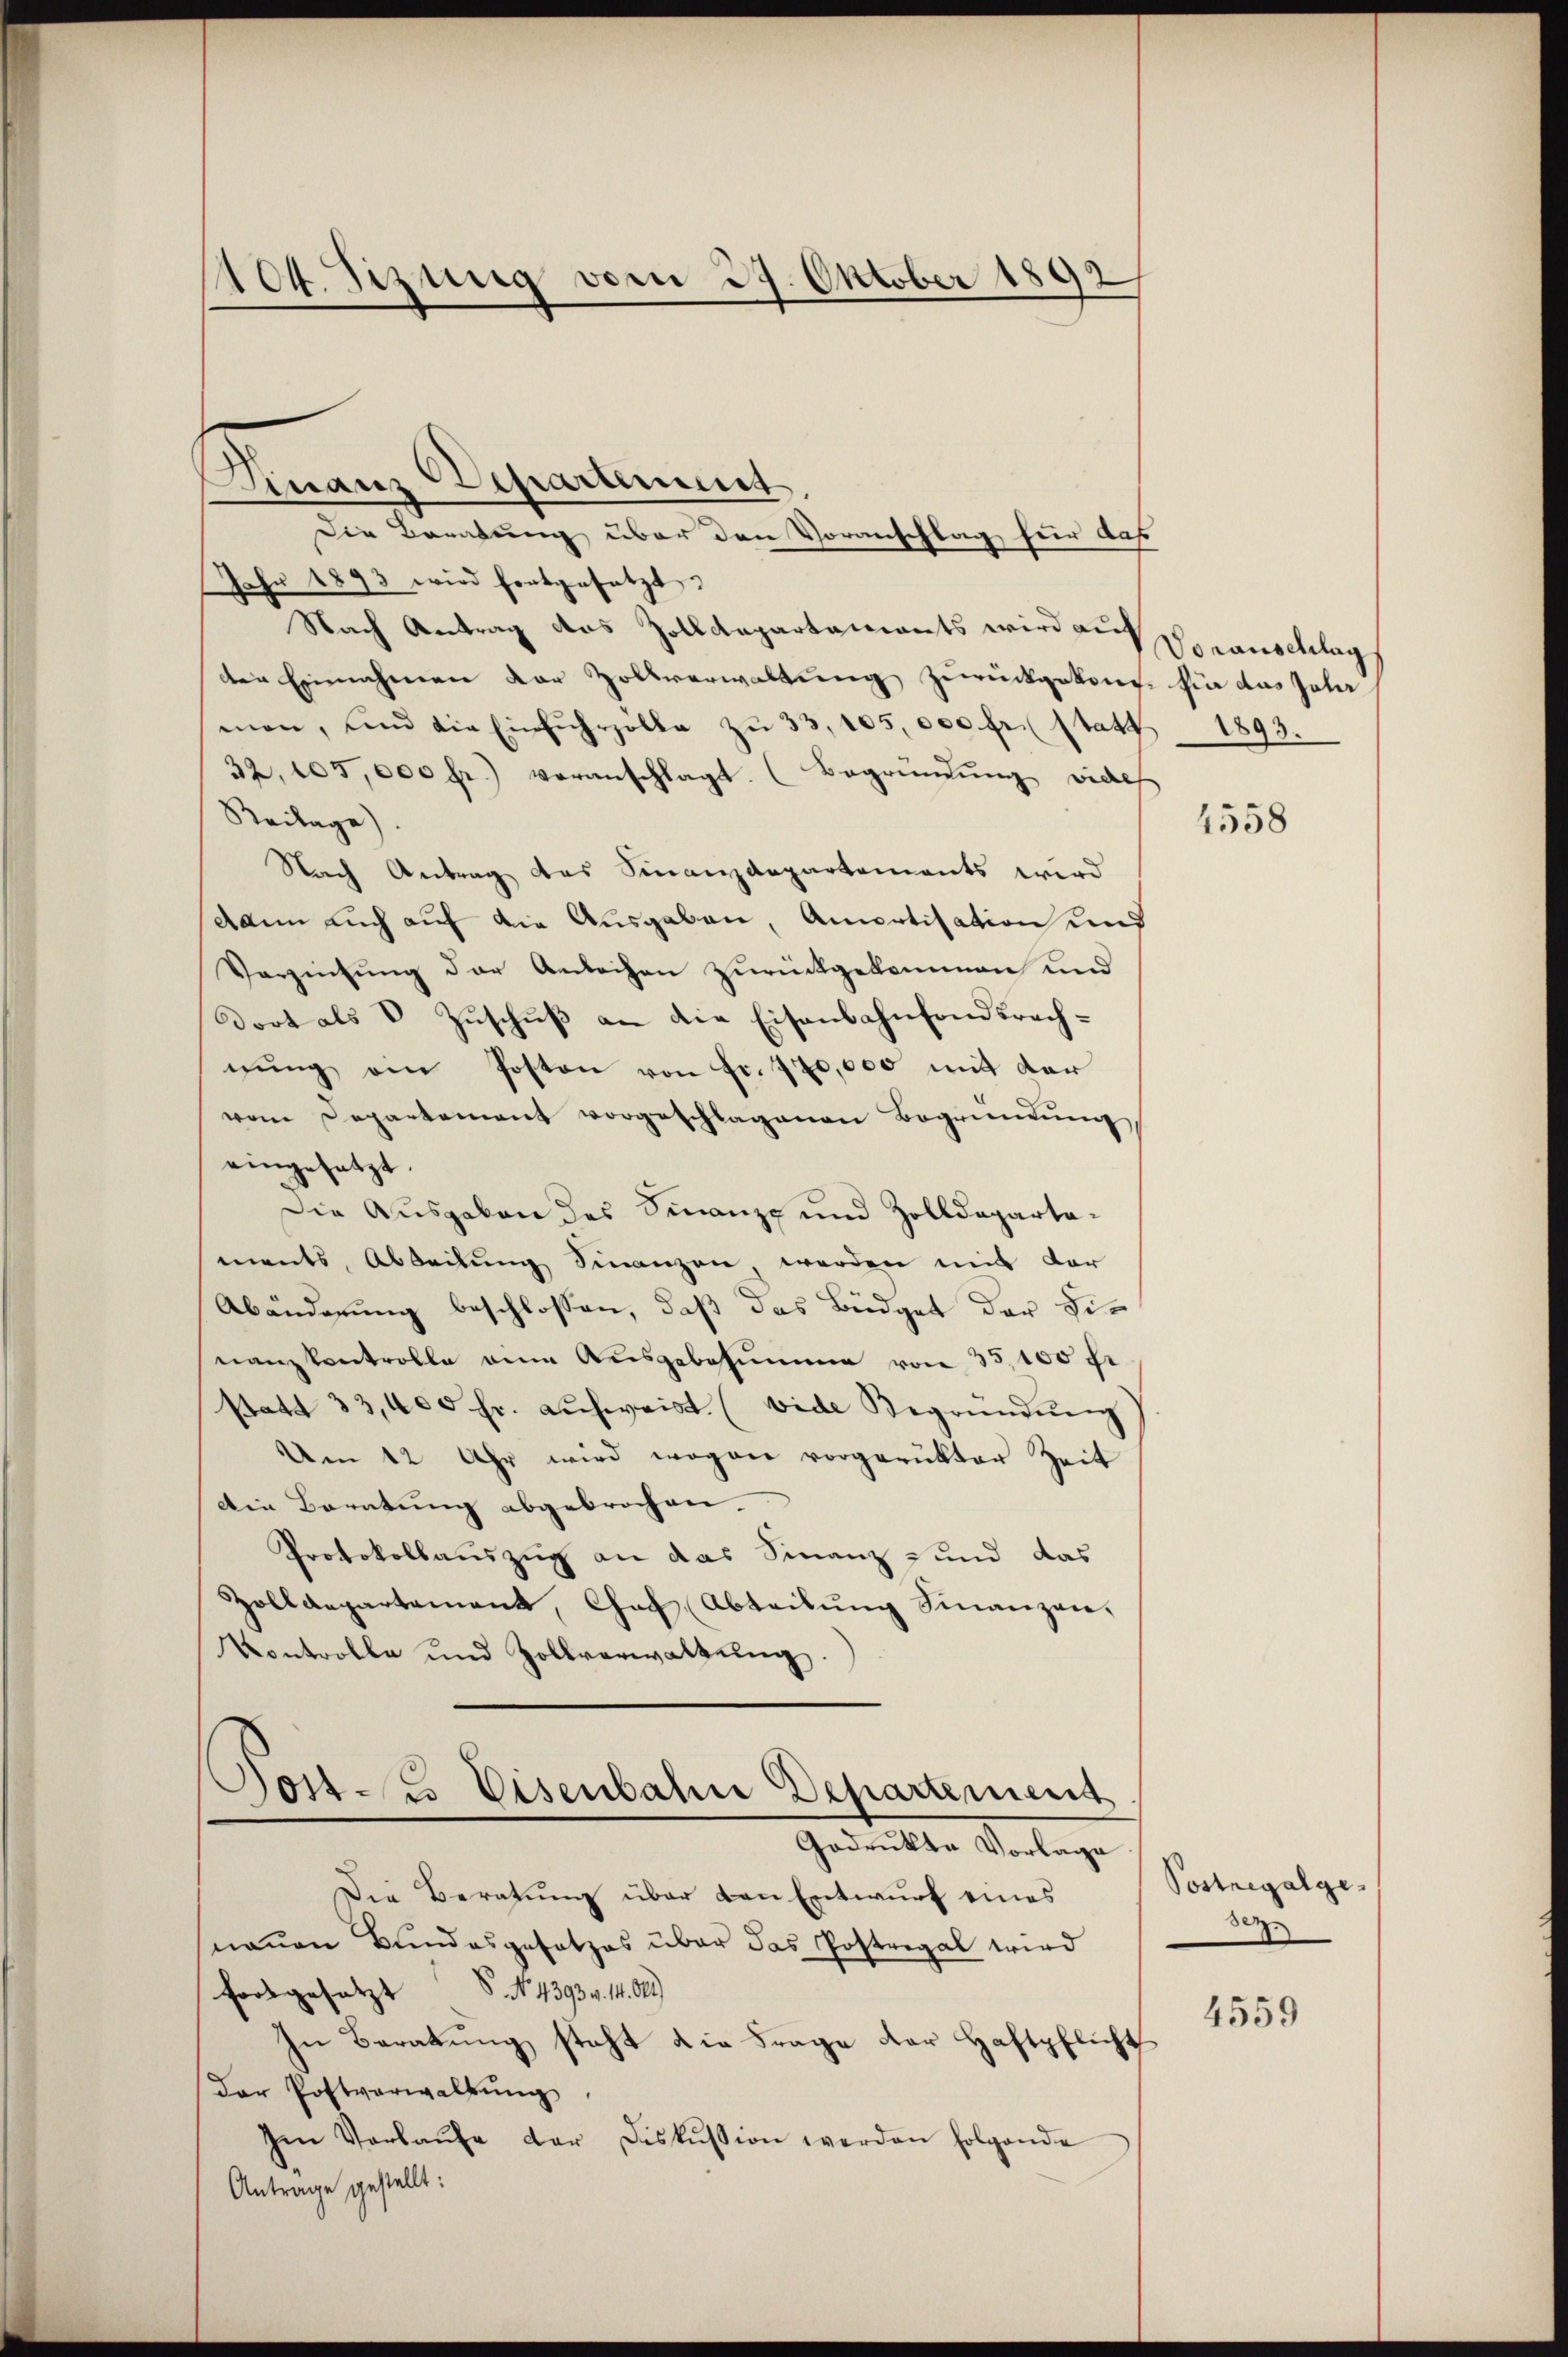
404. Sizung vom 29. Oktober 1892

Finanz Departement,
Die Beratung über den Voranschlag für das
Jahr 1893 wird fortgesetzt.
Nach Antrag das Zolldepartaments wird auf
ten Einnahmen der Zollverwaltung zurückgekomt sie das Joha
man, und die Einfŭhrzolle zŭ 33, 105,000 fr. (statt
32, 105,000 fr.) veranschlagt. (Begründung viele
Reilage).
Nach Antrag das Finanzdepartements wird
dann auch auf die Ausgaben, Amortisation und
Verzinsung der Antechen zurückgekommen und
Dort als V Zuschuß an die Eisenbahnfondsrechgung ein Posten von Fr. 770,000 mit der
vom Departement vorgeschlagenen Begründung
eingesetzt.
Die Ausgaben des Finanz- und Zolldepartaments, Abteilung Finanzen werden mit der
Abänderung beschlossen, daß das Büdget der Sinanzkontrolle eine Ausgebesŭmme von 35,100 fr
statt 33,400 fr. auchweist. (vide Begründŭng
Um 12 Uhr wird wogen vorgerükter Zeit
Die Beratung abgebrochen.
Protokollauszug an das Finanz- und das
Zolldepartement, Chef Abteilŭng Finanzen,
Kontrolle und Zollverwaltŭng.
ost. Eisenbahre Departement
Gadrukte Vorlage
Die Beratung über den Entwurf eines
nauen Bundesgesetzes über das Postregal wird
fortgesetzt. No. 43934. 14. O
In Beratung steht die Frage der Haftpflicht
Der Postverwaltung
Im Verlaŭfe der Diskussion werden folgende
Antrage gestellt:

Voranschlag
1893.

1558

Postregalge¬
307

4559